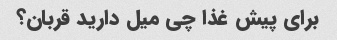
برای پیش غذا چی میل دارید قربان؟